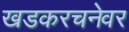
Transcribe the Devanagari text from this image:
खडकरचनेवर